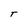
Character: T